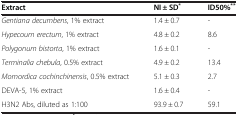
| Extract | NI ± SD* | ID50%** |
 | --- | --- | --- |
 | Gentiana decumbens, 1% extract | 1.4 ± 0.7 | - |
 | Hypecoum erectum, 1% extract | 4.8 ± 0.2 | 8.6 |
 | Polygonum bistorta, 1% extract | 1.6 ± 0.1 | - |
 | Terminalia chebula, 0.5% extract | 4.9 ± 0.2 | 13.4 |
 | Momordica cochinchinensis, 0.5% extract | 5.1 ± 0.3 | 2.7 |
 | DEVA-5, 1% extract | 1.6 ± 0.4 | - |
 | H3N2 Abs, diluted as 1:100 | 93.9 ± 0.7 | 59.1 |